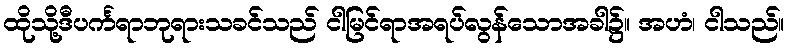
ထိုသို့ဒီပင်္ကရာဘုရားသခင်သည် ငါမြင်ရာအရပ်လွန်သောအခါ၌။ အဟံ၊ ငါသည်။